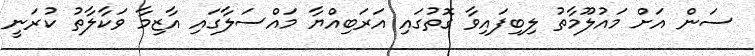
ސަން އަށް މައުލޫމާތު ލިބިފައިވާ ގޮތުގައި އަރަބިއްޔާ މައްސަލާގައި އާޒިމާ ވަކާލާތު ކުރަނީ